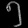
Digit: ၅